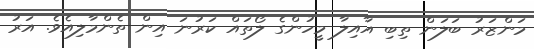
މަންޒަރު ބަލަން ތިބި އާއިލާ މީހުންގެ ލޯތައް ކަރުނަ އިން ތެންމާލިއެވެ. އަރު